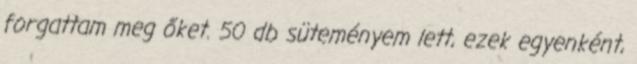
forgattam meg őket. 50 db süteményem lett, ezek egyenként,